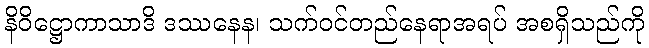
နိဝိဋ္ဌောကာသာဒိ ဒဿနေန၊ သက်ဝင်တည်နေရာအရပ် အစရှိသည်ကို